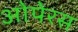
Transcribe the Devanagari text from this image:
ओपेरस